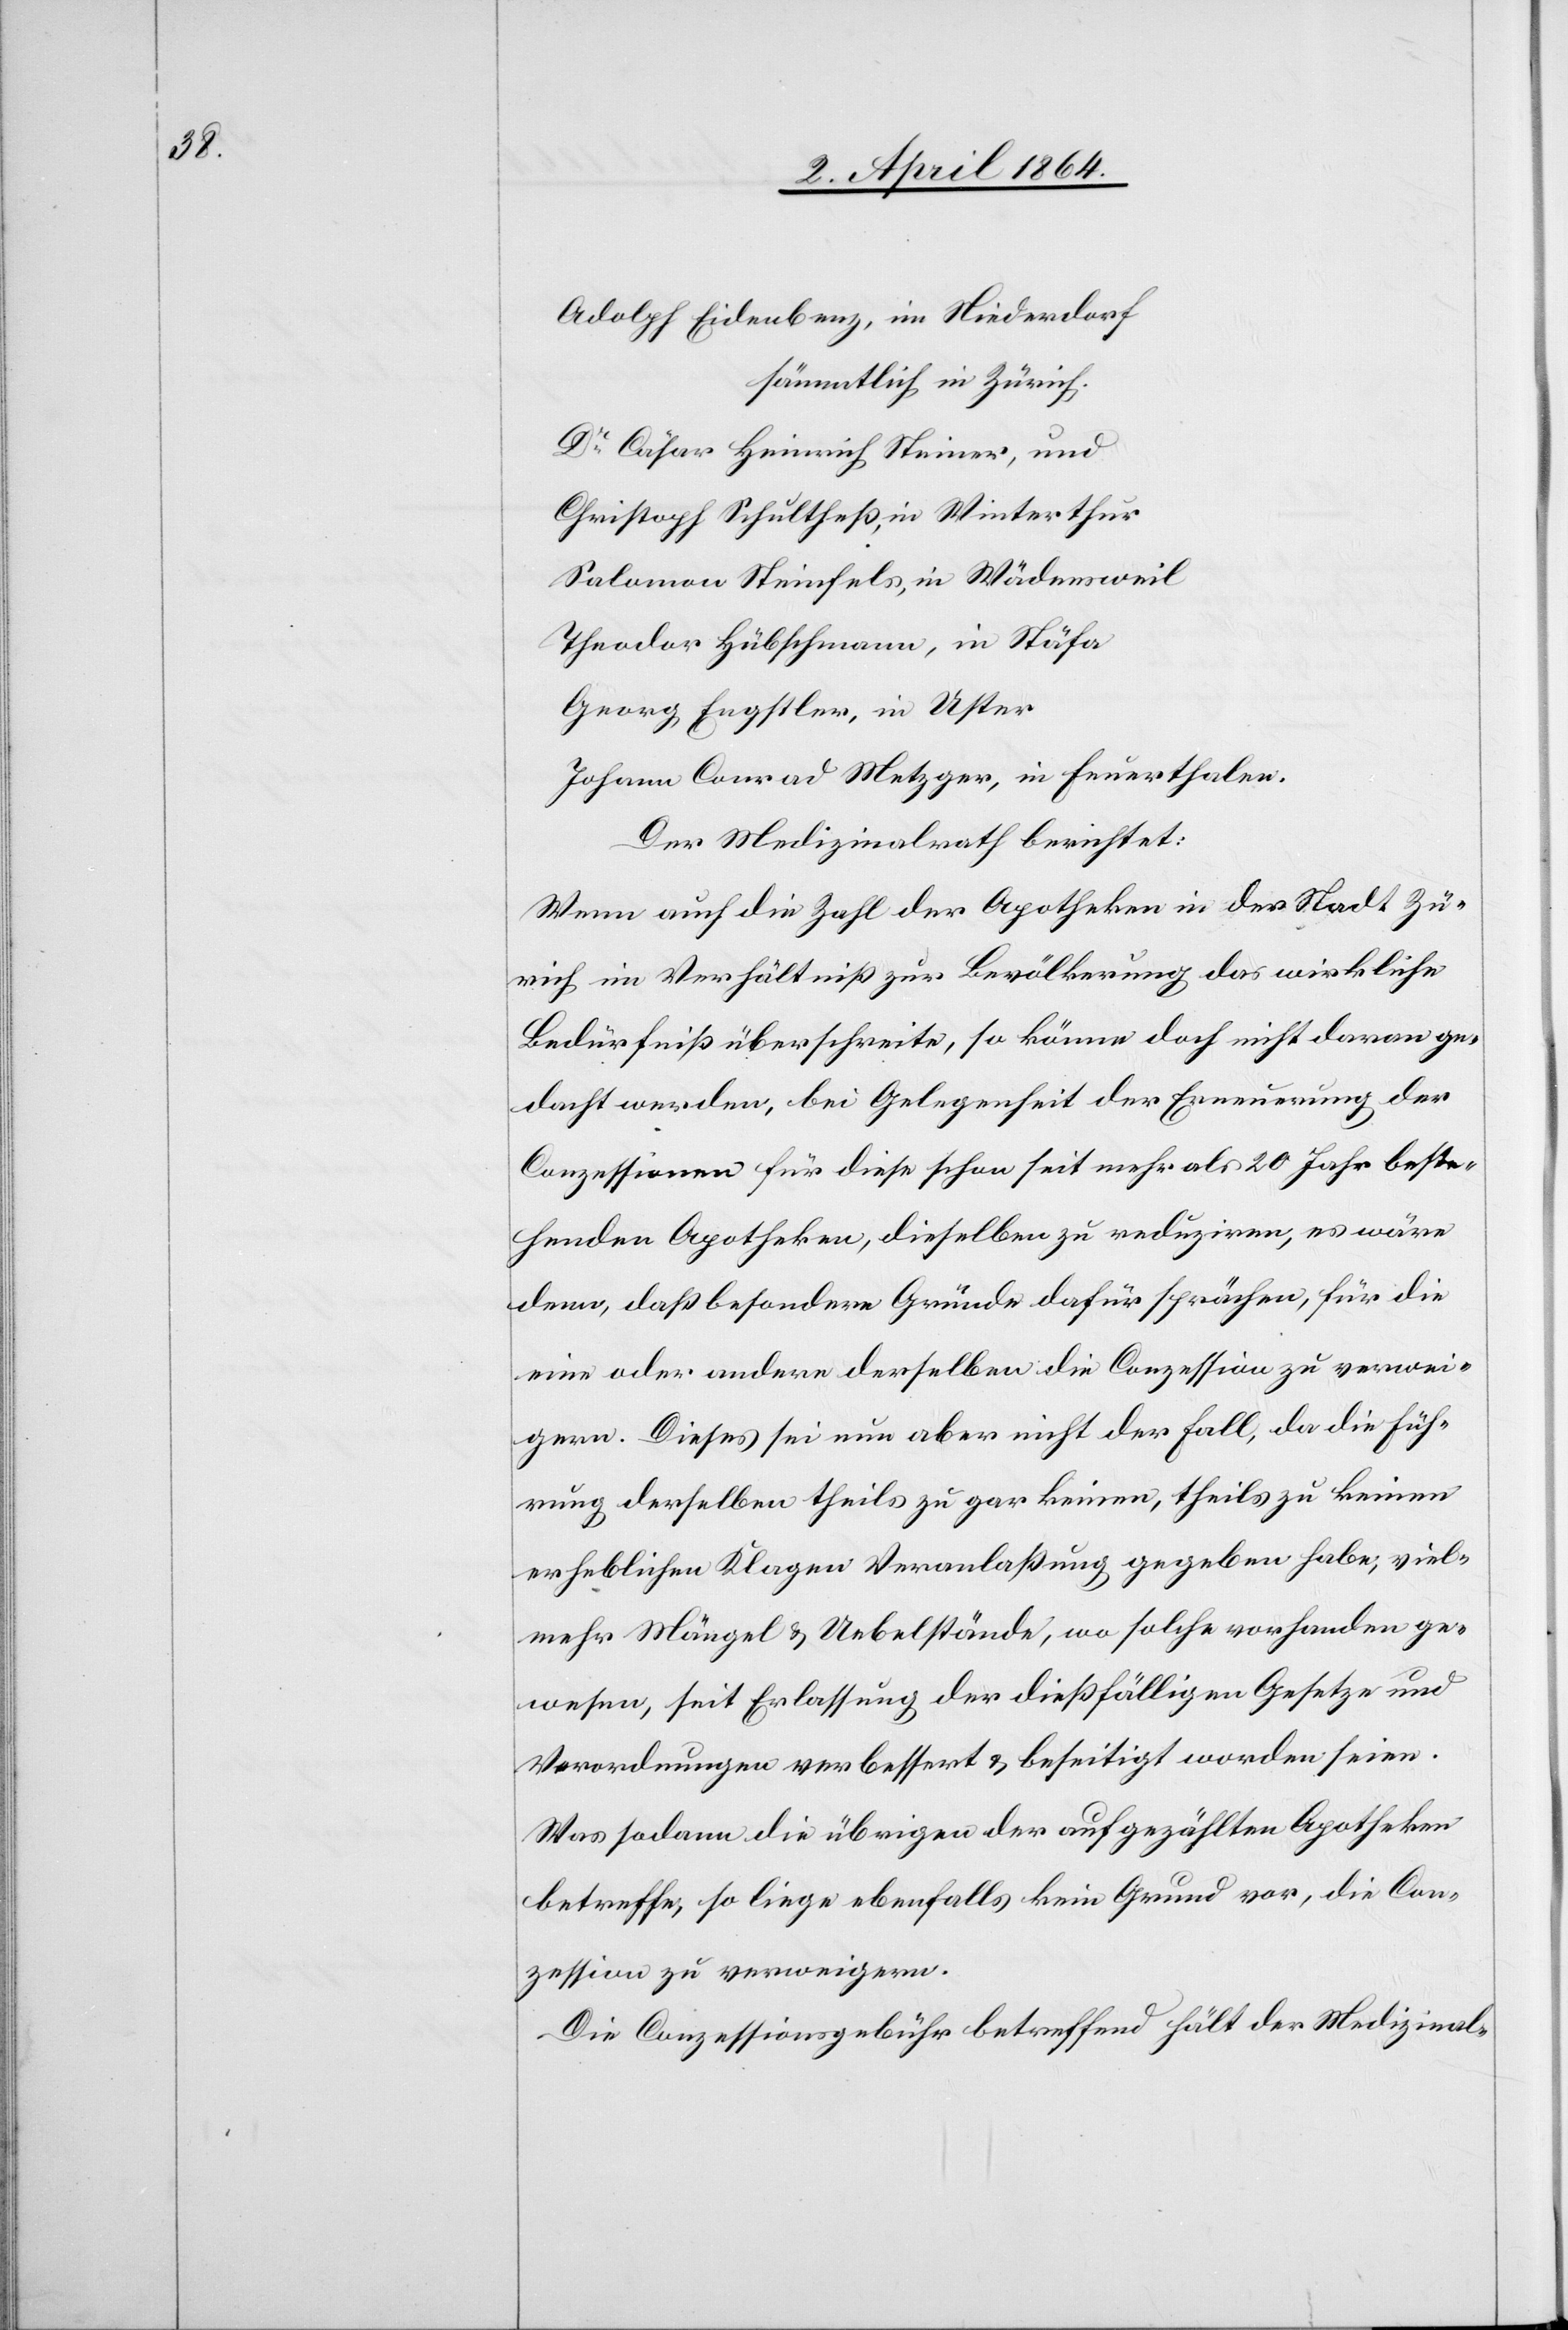
gern.

Adolph Eidenbenz, im Niederdorf
sämmtlich in Zürich.
Dr Cäsar Heinrich Steiner, und
Christoph Schultheß, in Winterthur
Salomon Steinfels, in Wädensweil
Theodor Hübschmann, in Stäfa
Georg Engstler, in Uster
Johann Conrad Metzger, in Feuerthalen.
Der Medizinalrath berichtet:
Wenn auch die Zahl der Apotheken in der Stadt Zü¬
rich im Verhältniß zur Bevölkerung das wirkliche
Bedürfniß überschreite, so könne doch nicht daran ge¬
dacht werden, bei Gelegenheit der Erneuerung der
Conzessionen für diese schon seit mehr als 20 Jahre beste¬
henden Apotheken, dieselben zu reduziren, es wäre
denn, daß besondere Gründe dafür sprächen, für die
eine oder andere derselben die Conzession zu verwei¬
Die Conzessionsgebühr betreffend hält der Medizinal-